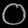
Digit: ၀